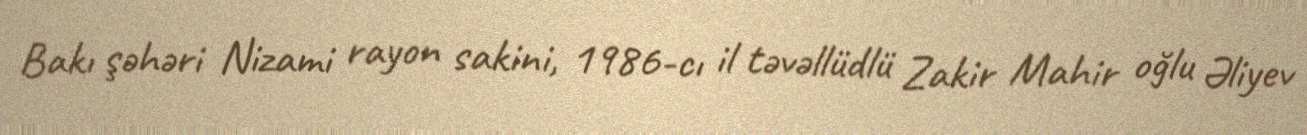
Bakı şəhəri Nizami rayon sakini, 1986-cı il təvəllüdlü Zakir Mahir oğlu Əliyev